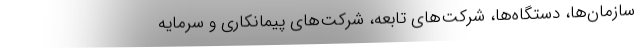
سازمان‌ها، دستگاه‌ها، شرکت‌های تابعه، شرکت‌های پیمانکاری و سرمایه